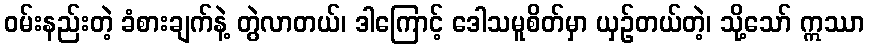
ဝမ်းနည်းတဲ့ ခံစားချက်နဲ့ တွဲလာတယ်၊ ဒါကြောင့် ဒေါသမူစိတ်မှာ ယှဉ်တယ်တဲ့၊ သို့သော် ဣဿာ